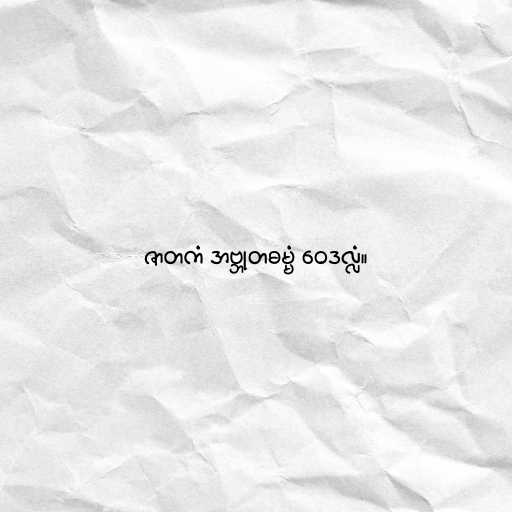
ဇာတကံ အဗ္ဘုတဓမ္မံ ဝေဒလ္လံ။